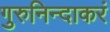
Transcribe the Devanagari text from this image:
गुरुनिन्दाकरं